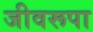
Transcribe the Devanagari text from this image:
जीवरूपा